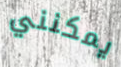
يمكنني